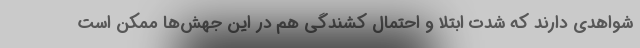
شواهدی دارند که شدت ابتلا و احتمال کشندگی هم در این جهش‌ها ممکن است